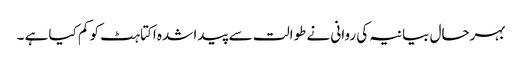
بہرحال بیانیہ کی روانی نے طوالت سے پیدا شدہ اکتاہٹ کو کم کیا ہے ۔